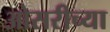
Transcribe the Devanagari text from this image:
ओसरीच्या